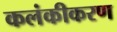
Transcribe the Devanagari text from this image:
कलंकीकरण